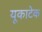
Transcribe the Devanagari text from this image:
यूकाटेक